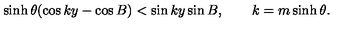
\sinh \theta ( \cos k y - \cos B ) < \sin k y \sin B , \qquad k = m \sinh \theta .